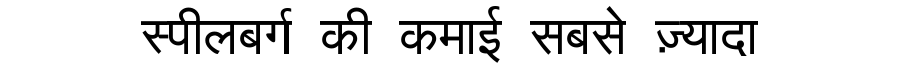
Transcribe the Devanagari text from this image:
स्पीलबर्ग की कमाई सबसे ज़्यादा